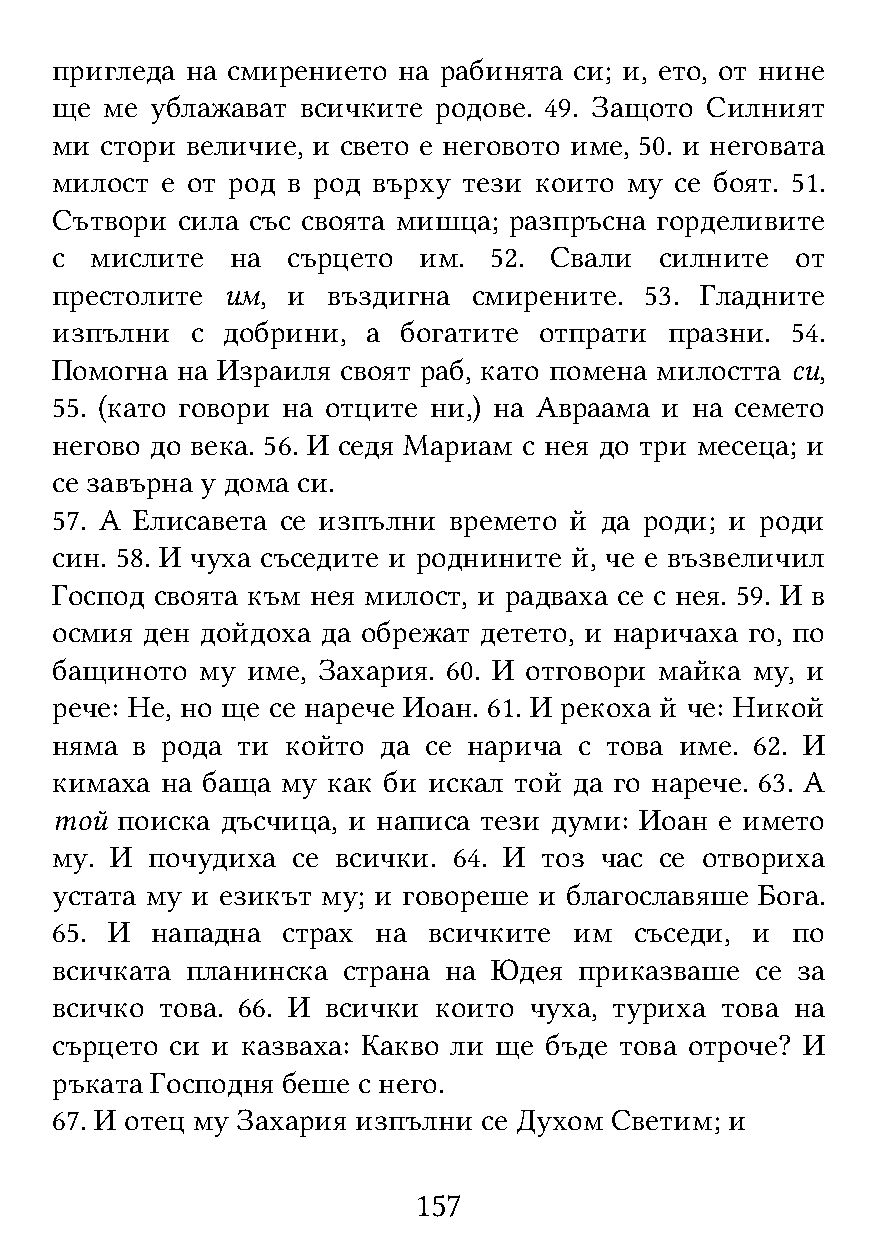
пригледа на смирението на рабинята си; и, ето, от нине
 ще  ме ублажават всичките родове. 49. Защото Силният
 ми  стори величие, и свето е неговото име, 50. и неговата
 милост  е от род в род върху тези които му се боят. 51.
 Сътвори  сила със своята мишца; разпръсна горделивите
 с  мислите  на  сърцето  им. 52. Свали   силните  от
 престолите  им, и  въздигна смирените.  53. Гладните
 изпълни   с добрини, а богатите  отпрати празни. 54.
 Помогна  на Израиля своят раб, като помена милостта си,
 55. (като говори на отците ни,) на Авраама и на семето
 негово до века. 56. И седя Мариам с нея до три месеца; и
 се завърна у дома си.
 57. А Елисавета се изпълни времето й да роди; и роди
 син. 58. И чуха съседите и роднините й, че е възвеличил
 Господ своята към нея милост, и радваха се с нея. 59. И в
 осмия ден дойдоха да обрежат детето, и наричаха го, по
 бащиното  му име, Захария. 60. И отговори майка му, и
 рече: Не, но ще се нарече Иоан. 61. И рекоха й че: Никой
 няма  в рода ти който да се нарича с това име. 62. И
 кимаха  на баща му как би искал той да го нарече. 63. А
 той  поиска дъсчица, и написа тези думи: Иоан е името
 му. И  почудиха се всички. 64. И тоз час се отвориха
 устата му и езикът му; и говореше и благославяше Бога.
 65. И  нападна  страх на всичките  им  съседи, и по
 всичката планинска  страна на Юдея приказваше  се за
 всичко  това. 66. И всички които чуха, туриха това на
 сърцето си и казваха: Какво ли ще бъде това отроче? И
 ръката Господня беше с него.
 67. И отец му Захария изпълни се Духом Светим; и
 157